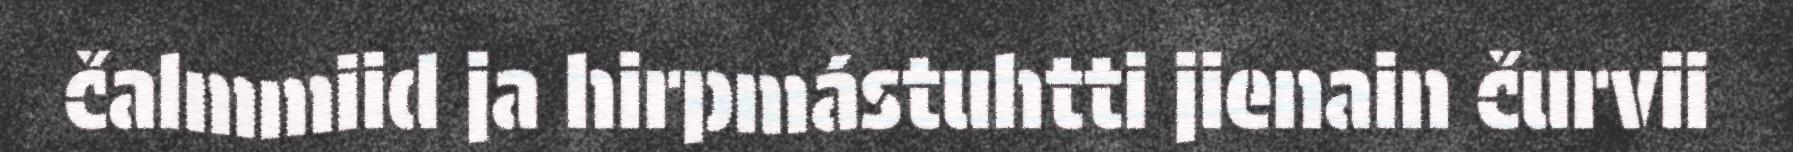
čalmmiid ja hirpmástuhtti jienain čurvii